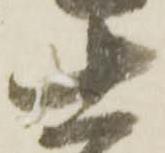
士